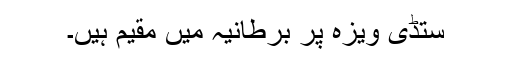
ستڈی ویزہ پر برطانیہ میں مقیم ہیں۔